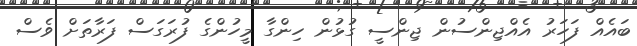
ބައެއް ފަހަރު އެއްޖިންސުން ޖިންސީ ގުޅުން ހިންގާ މީހުންގެ ފުރަގަސް ފަރާތަށް ވެސް